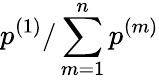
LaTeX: p^{(1)}/\sum_{m=1}^{n}p^{(m)}